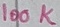
Text: 100K